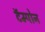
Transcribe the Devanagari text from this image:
टॅम्पोन